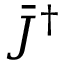
{ { \bar { J } } ^ { \dag } }